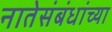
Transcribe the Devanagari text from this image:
नातेसंबंधांच्या